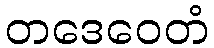
တဒေဝေတံ